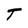
Character: T